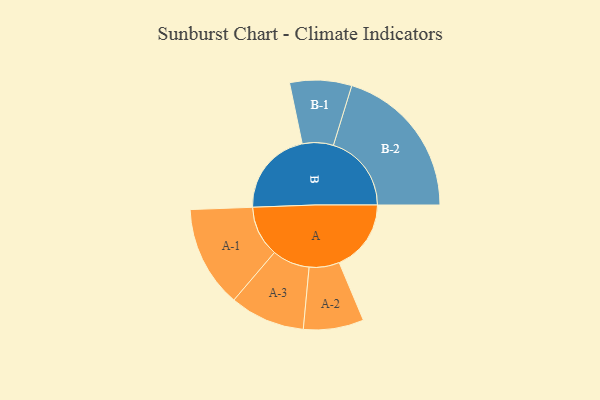
{"axis": {"x": "Segment", "y": "Value"}, "legend": ["", "A", "B"], "data": [{"x": "A", "y": 272, "type": ""}, {"x": "B", "y": 325, "type": ""}, {"x": "A-1", "y": 192, "type": "A"}, {"x": "A-2", "y": 114, "type": "A"}, {"x": "A-3", "y": 142, "type": "A"}, {"x": "B-1", "y": 117, "type": "B"}, {"x": "B-2", "y": 295, "type": "B"}]}